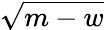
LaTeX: \sqrt{m-w}